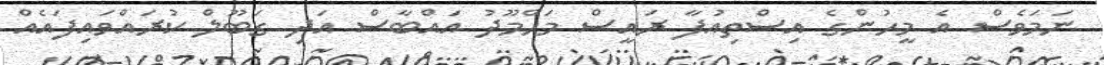
ނަމަވެސް އެ މީހުންގެ އިސްތިއުފާ ރައީސް މަހްމޫދު އައްބާސް އަދި ގަބޫލް ކުރައްވައިފައެއް